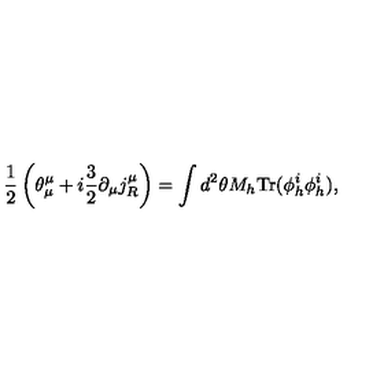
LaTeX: \frac { 1 } { 2 } \left( \theta _ { \mu } ^ { \mu } + i \frac { 3 } { 2 } \partial _ { \mu } j _ { R } ^ { \mu } \right) = \int d ^ { 2 } \theta M _ { h } \mathrm { T r } ( \phi _ { h } ^ { i } \phi _ { h } ^ { i } ) ,